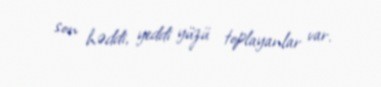
son həddi, yeddi yüzü toplayanlar var.